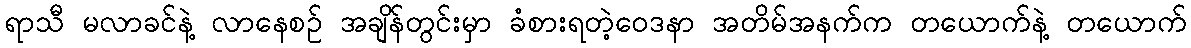
ရာသီ မလာခင်နဲ့ လာနေစဉ် အချိန်တွင်းမှာ ခံစားရတဲ့ဝေဒနာ အတိမ်အနက်က တယောက်နဲ့ တယောက်